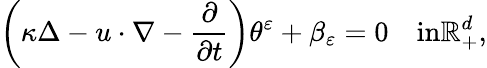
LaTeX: \left(\kappa\Delta-u\cdot\nabla-\frac{\partial}{\partial t}\right)\theta^{\varepsilon}+\beta_{\varepsilon}=0\quad\textrm{in}\mathbb{R}_{+}^{d},